Indian journal of veterinary science and animal husbandry - Volume 6,
Year: 1936
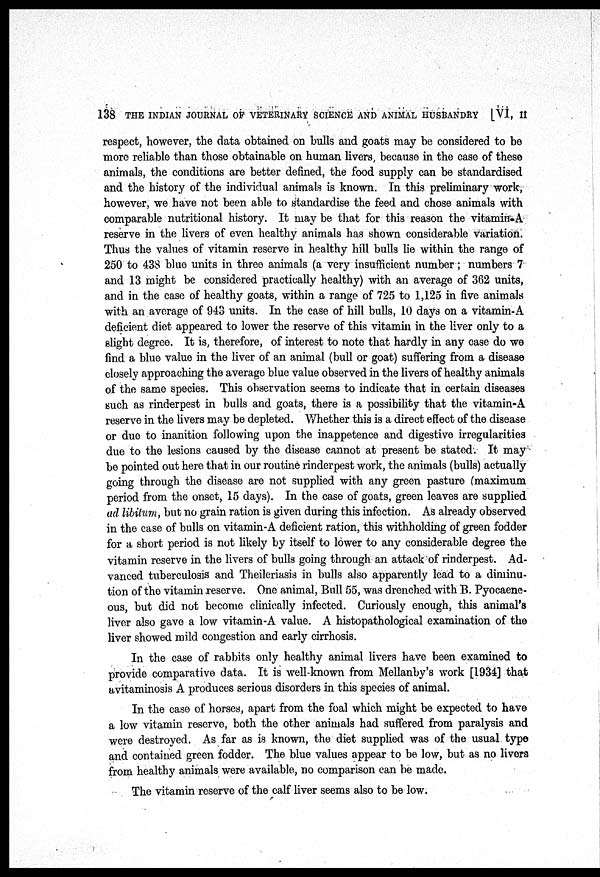
138 THE INDIAN JOURNAL OF VETERINARY SCIENCE AND ANIMAL HUSBANDRY [VI, II
respect, however, the data obtained on bulls and goats may be considered to be
more reliable than those obtainable on human livers, because in the case of these
animals, the conditions are better defined, the food supply can be standardised
and the history of the individual animals is known. In this preliminary work,
however, we have not been able to standardise the feed and chose animals with
comparable nutritional history. It may be that for this reason the vitamin-A
reserve in the livers of even healthy animals has shown considerable variation.
Thus the values of vitamin reserve in healthy hill bulls lie within the range of
250 to 438 blue units in three animals (a very insufficient number; numbers 7
and 13 might be considered practically healthy) with an average of 362 units,
and in the case of healthy goats, within a range of 725 to 1,125 in five animals
with an average of 943 units. In the case of hill bulls, 10 days on a vitamin-A
deficient diet appeared to lower the reserve of this vitamin in the liver only to a
slight degree. It is, therefore, of interest to note that hardly in any case do we
find a blue value in the liver of an animal (bull or goat) suffering from a disease
closely approaching the average blue value observed in the livers of healthy animals
of the same species. This observation seems to indicate that in certain diseases
such as rinderpest in bulls and goats, there is a possibility that the vitamin-A
reserve in the livers may be depleted. Whether this is a direct effect of the disease
or due to inanition following upon the inappetence and digestive irregularities
due to the lesions caused by the disease cannot at present be stated. It may
be pointed out here that in our routine rinderpest work, the animals (bulls) actually
going through the disease are not supplied with any green pasture (maximum
period from the onset, 15 days). In the case of goats, green leaves are supplied
ad libitum, but no grain ration is given during this infection. As already observed
in the case of bulls on vitamin-A deficient ration, this withholding of green fodder
for a short period is not likely by itself to lower to any considerable degree the
vitamin reserve in the livers of bulls going through an attack of rinderpest. Ad-
vanced tuberculosis and Theileriasis in bulls also apparently lead to a diminu-
tion of the vitamin reserve. One animal, Bull 55, was drenched with B. Pyocaene¬
ous, but did not become clinically infected. Curiously enough, this animal's
liver also gave a low vitamin-A value. A histopathological examination of the
liver showed mild congestion and early cirrhosis.
In the case of rabbits only healthy animal livers have been examined to
provide comparative data. It is well-known from Mellanby's work [1934] that
avitaminosis A produces serious disorders in this species of animal.
In the case of horses, apart from the foal which might be expected to have
a low vitamin reserve, both the other animals had suffered from paralysis and
were destroyed. As far as is known, the diet supplied was of the usual type
and contained green fodder. The blue values appear to be low, but as no livers
from healthy animals were available, no comparison can be made.
The vitamin reserve of the calf liver seems also to be low.